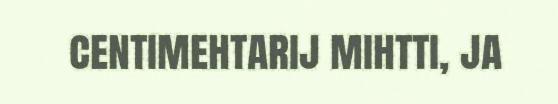
centimehtarij mihtti, ja